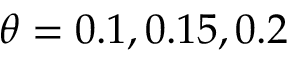
\theta = 0 . 1 , 0 . 1 5 , 0 . 2